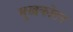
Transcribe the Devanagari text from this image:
मुखकोटर